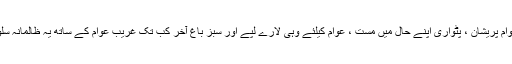
اور اب کیا ہیں عوام پریشان ، پٹواری اپنے حال میں مست ، عوام کیلئے وہی لارے لپے اور سبز باغ آخر کب تک غریب عوام کے ساتھ یہ ظالمانہ سلوک کیا جائے گا۔